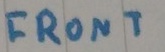
Text: FRONT